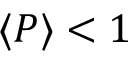
\langle P \rangle < 1